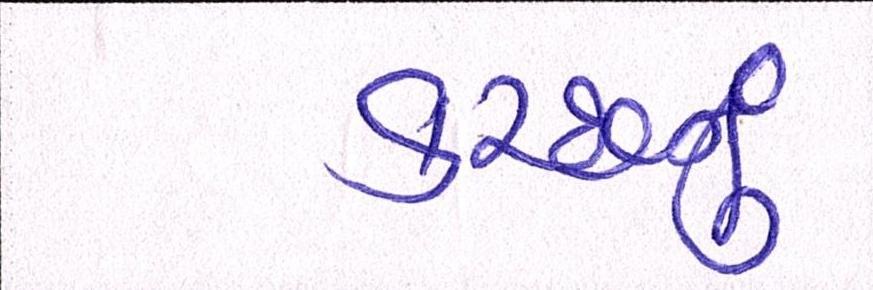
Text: કચ્છનું